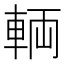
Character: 輌